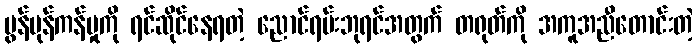
မွန်ပုန်ကန်မှုကို ရင်ဆိုင်နေရတဲ့ ညောင်ရမ်းဘုရင်အတွက် တရုတ်ကို အကူအညီတောင်းတဲ့